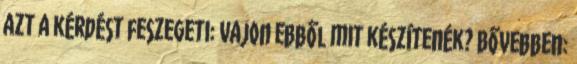
azt a kérdést feszegeti: vajon ebből mit készítenék? Bővebben: